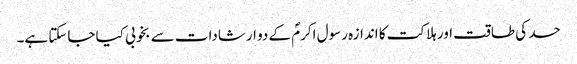
حسد کی طاقت اور ہلاکت کا اندازہ رسول اکرمؐ کے دو ارشادات سے بخوبی کیا جاسکتا ہے۔